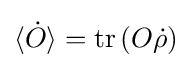
\langle {\dot {O}}\rangle =\operatorname {tr} \left(O{\dot {\rho }}\right)